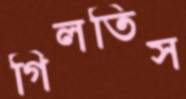
গিলতিস